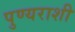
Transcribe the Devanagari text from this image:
पुण्यराशी